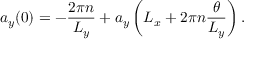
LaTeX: a _ { y } ( 0 ) = - \frac { 2 \pi n } { L _ { y } } + a _ { y } \left( L _ { x } + 2 \pi n \frac { \theta } { L _ { y } } \right) .